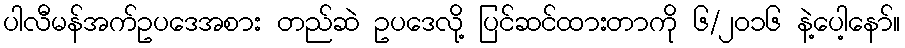
ပါလီမန်အက်ဥပဒေအစား တည်ဆဲ ဥပဒေလို့ ပြင်ဆင်ထားတာကို ၆/၂၀၁၆ နဲ့ပေါ့နော်။